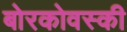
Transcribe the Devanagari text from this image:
बोरकोवस्की